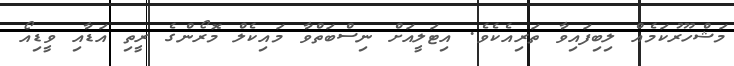
މަޝްހޫރުކަމެއް ލިބިފައިވާ ތަރިއެކެވެ. އިޓަލީއަށް ނިސްބަތްވާ މައިކެލް މޮރޯންގެ ރީތި އަޑާއި ވީޑިއޯ